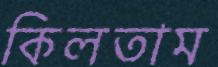
কিলতাম